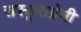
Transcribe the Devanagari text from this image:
सस्कृतप्रेमी